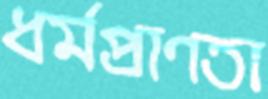
ধর্মপ্রাণতা